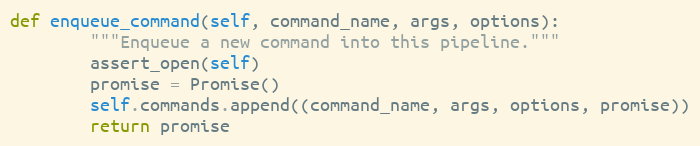
Language: Python
def enqueue_command(self, command_name, args, options):
        """Enqueue a new command into this pipeline."""
        assert_open(self)
        promise = Promise()
        self.commands.append((command_name, args, options, promise))
        return promise